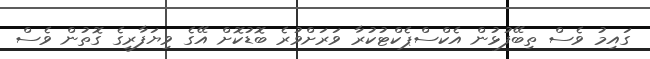
ގައިމު ވެސް ތިބޭފުޅުން އެކްސްޕެކްޓުކުރާ ވަރަށްވުރެ ބޮޑުކޮށް އޭގެ ވިޔަފާރީގެ ގޮތުން ވެސް